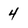
Character: 4